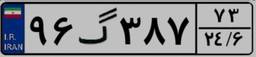
۹۶گ۳۸۷۷۳